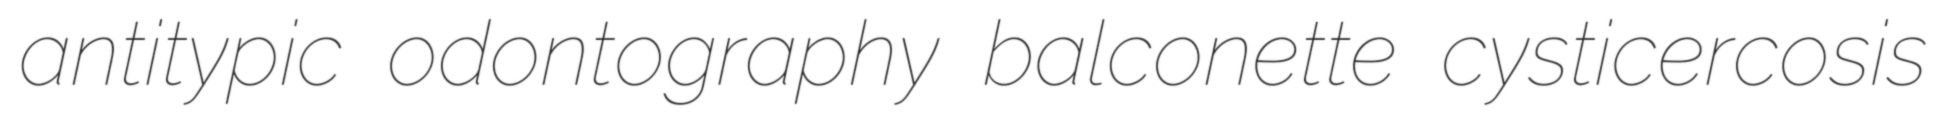
antitypic odontography balconette cysticercosis